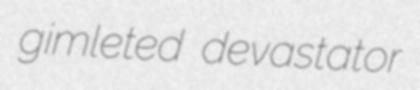
gimleted devastator